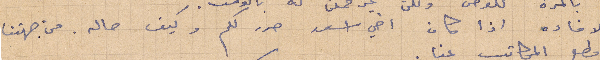
الإفادة اذا كان اخي اسعد حرر لكم وكيف حاله. من جهتنا